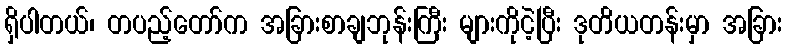
ရှိပါတယ်၊ တပည့်တော်က အခြားစာချဘုန်းကြီး များကိုငဲ့ပြီး ဒုတိယတန်းမှာ အခြား